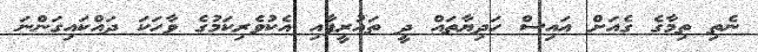
ނެތި ތިމާގެ ގެއަށް އައިސް ހަދިޔާތައް ދީ ތައުރީފާއި އެކުވެރިކަމުގެ ވާހަކަ ދައްކައިގަންނަ